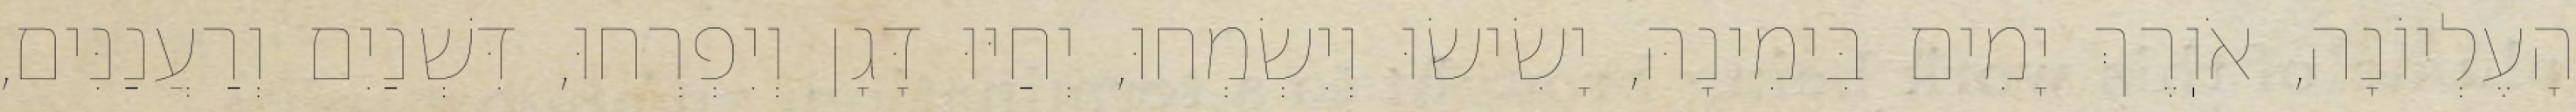
הָעֶלְיוֹנָה, אֹוֽרֶךְ יָמִים בִּימִינָהּ, יָשִׂישׂוּ וְיִשְׂמְחוּ, יְחַיּוּ דָּגָן וְיִפְרְחוּ, דִּשְׁנַיִם וְרַעֲנַנִּים,